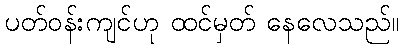
ပတ်ဝန်းကျင်ဟု ထင်မှတ် နေလေသည်။